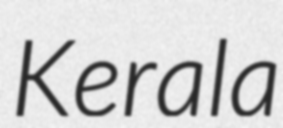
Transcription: Kerala